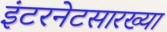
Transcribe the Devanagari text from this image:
इंटरनेटसारख्या